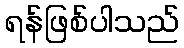
ရန်ဖြစ်ပါသည်